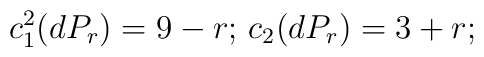
c_1^2(dP_r)=9-r;\,c_2(dP_r)=3+r;